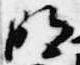
明